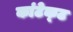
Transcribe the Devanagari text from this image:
कांटेक्‍ट